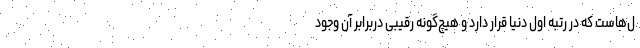
ل‌هاست که در رتبه اول دنیا قرار دارد و هیچ‌گونه رقیبی دربرابر آن وجود